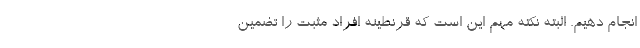
انجام دهیم. البته نکته مهم این است که قرنطینه افراد مثبت را تضمین